Report on vaccination in the Province of Bengal - 1869-1873
Year: 1869
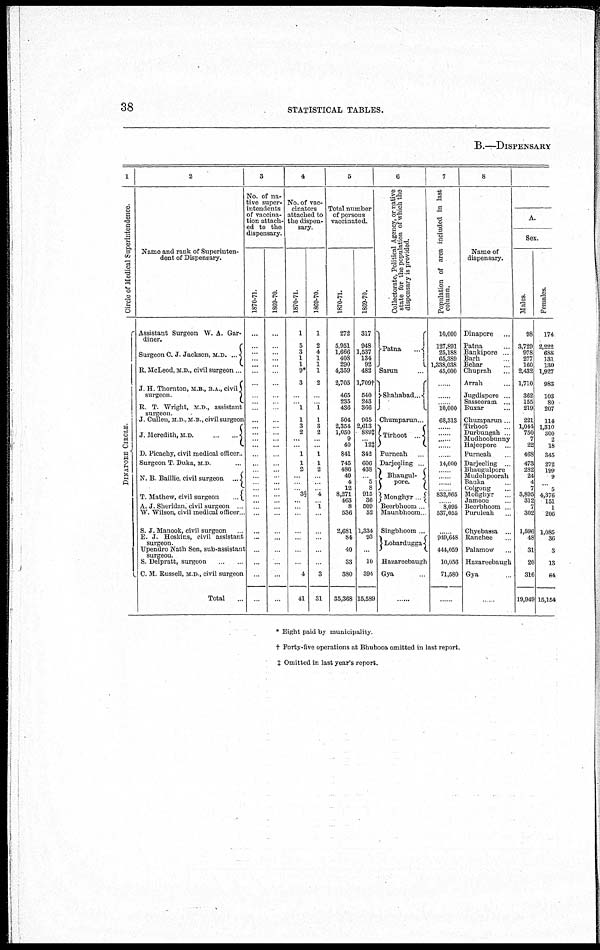
38
STATISTICAL TABLES.
B.—DISPENSARY
1
Circle of Medical Superintendence.
DINAPORE CIRCLE.
2
Name and rank of Superinten-
dent of Dispensary.
Assistant Surgeon W. A. Gar-
diner.
Surgeon C. J. Jackson, M.D. ...
E. McLeod, M. D., civil surgeon..
J. H Thornton,M.B.,B.A.,civil
surgeon
R T. Wright, M. D, assistant
surgeon.
J. Cullen, M.D., M.B., civil surgeon
J. Meredith, M.D.
...
D. Picachy, civil medical officer.
Surgeon T Duka, M D. ...
N. B. Bailhe, civil surgeon ...
T Mathew, civil surgeon
...
S. J. Manook, civil surgeon ...
E. J. Hoskins, civil assistant
surgeon.
Upendro Nath Sen, sub-assistant
surgeon.
S. Delpratt, surgeon ... ...
C. M Russell, M.D., civil surgeon
Total ...
3
No. of na-
tive super-
intendents
of vaccina-
tion attach-
ed to the
dispensary.
1870-71.
...
...
...
...
...
...
...
...
...
...
...
...
...
...
...
...
...
...
...
...
...
...
...
...
...
...
...
...
...
...
...
1869-70.
...
...
...
... ...
...
...
...
...
...
...
...
...
...
...
...
...
...
...
...
...
...
...
...
...
...
...
...
...
...
...
4
No. of vac-
cinators
attached to
the dispen-
sary.
1870-71.
1
5
3
1
1
9*
3
...
... 1
1
3
2
...
...
1
1
2
...
...
... 3§
...
...
...
...
...
...
...
4
41
1869-70.
1
2
4
1
1
1
2
...
... 1
1
3
2
...
...
1
1
2
...
...
... 4
... 1
...
...
...
...
...
3
31
5
Total number
of persons
vaccinated.
1870-71.
272
5,951
1,666
408
290
4,359
2,705
465
235
436
504
2,354
1,050
9
40
841
745
486
40
4
12
8,271
463
8
536
2,681
84
40
38
380
35,368
1869-70.
317
948
1,537
134
92
482
l,709†
540
243
366
965
2,613
889‡
... 12‡
342
606
438
5
8
915
36
509
52
1,334
93
...
10
394
15,589
6
Collectorate, Political Agency, or native
state for the population of which the
dispensary is provided.
Patna
...
Sarun ...
Shahabad ...
Chumparun ...
Tirhoot
...
Purneah ...
Darjeeling ...
Bhaugul¬
pore.
Monghyr ...
Beerbhoom ...
Maunbhoom ...
Singbhoom ...
Lobardugga
Hazareebaugh
Gya ...
......
7
Population of area included in last
column.
10,000
127,891
25,188
65,389
1,338,038
45,000
...
...
... 10,000
68,313
......
... ...
...
...
14,000
...
...
...
... 832,865
... 8,095
537,055
...
949,648
444,059
10,056
71,580
......
8
Name of
dispensary.
Dinapore ...
Patna ...
Bankipore ...
Barh ...
Behar ...
Chuprah ...
Arrah ...
Jugdispore ...
Sasseeram ...
Buxar ...
Chumparun ...
Tirhoot ...
Durbungah ...
Mudhoobunny ...
Hajeepore ...
Purneah ...
Darjeeling ...
Bhaugulpore
Mudehpoorah
Banka ...
Colgong ...
Monghyr ...
Jamooe ...
Beerbhoom ...
Puruleah ...
Chyebassa ...
Ranchee ...
Palamow ...
Hazareebaugh
Gya ...
......
A.
Sex.
Males.
98
3,729
978
277
160
2,432
1,710
362
155
219
221
1,044
750
7
22
468
473
282
24
4
7
3,895
312
7
302
1,596
48
31
20
316
19,949
Females.
174
2,222
688
131
130
1,927
983
103
80
207
114
1,310
300
2
18
345
272
199
9
... 5
4,376
151
1
206
1,085
36
3
13
64
15,154
* Eight paid by municipality.
† Forty-five operations at Bhubooa omitted in last report.
‡ Omitted in last year's report.